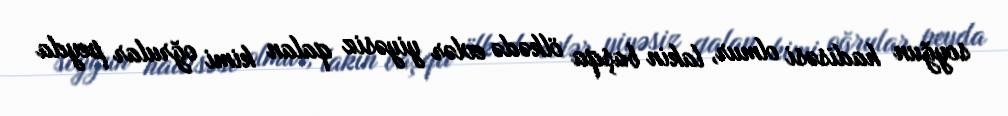
soyğun hadisəsi olmur, lakin başqa ölkədə evlər yiyəsiz qalan kimi oğrular peyda